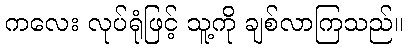
ကလေး လုပ်ရုံဖြင့် သူ့ကို ချစ်လာကြသည်။